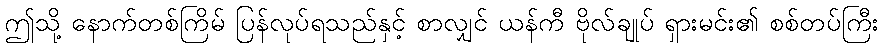
ဤသို့ နောက်တစ်ကြိမ် ပြန်လုပ်ရသည်နှင့် စာလျှင် ယန်ကီ ဗိုလ်ချုပ် ရှားမင်း၏ စစ်တပ်ကြီး